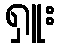
ရှူး